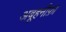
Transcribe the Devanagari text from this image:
अबूहनीफ़ा